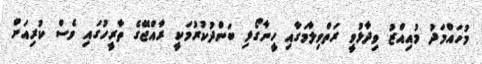
މުހައްމަދު މުއިއްޒު ވިދާޅުވީ ރަތްވިލާމަގާއި ހީނާގޯޅި ބަންދުކުރުމަކީ ރާއްޖޭގެ ތާރީހުގައި ވެސް ކުރިއަށް